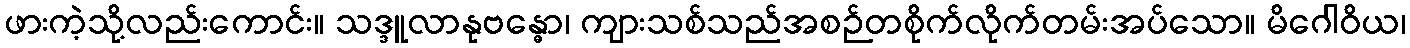
ဖားကဲ့သို့လည်းကောင်း။ သဒ္ဒူလာနုဗန္ဓော၊ ကျားသစ်သည်အစဉ်တစိုက်လိုက်တမ်းအပ်သော။ မိဂေါဝိယ၊